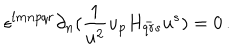
LaTeX: \epsilon ^ { l m n p q r } \partial _ { n } ( { \frac { 1 } { u ^ { 2 } } } u _ { p } H _ { q r s } ^ { - } u ^ { s } ) = 0 \, .